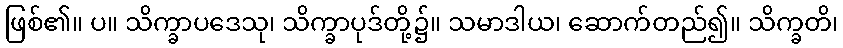
ဖြစ်၏။ ပ။ သိက္ခာပဒေသု၊ သိက္ခာပုဒ်တို့၌။ သမာဒါယ၊ ဆောက်တည်၍။ သိက္ခတိ၊